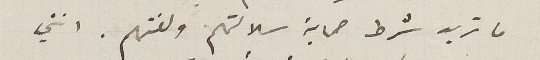
ما تريد شرط حماية سلالتهم ولغتهم. انني